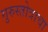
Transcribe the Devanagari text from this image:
गुरुस्तोत्राचा